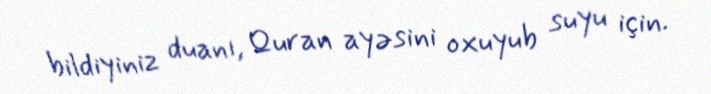
bildiyiniz duanı, Quran ayəsini oxuyub suyu için.